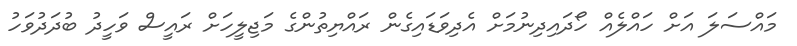
މައްސަލަ އަށް ހައްލެއް ހޯދައިދިނުމަށް އެދިވަޑައިގެން ރައްޔިތުންގެ މަޖިލީހަށް ރައީސް ވަހީދު ބުދަދުވަހު